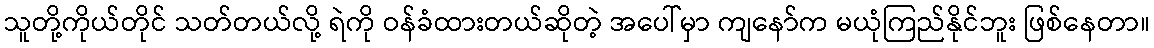
သူတို့ကိုယ်တိုင် သတ်တယ်လို့ ရဲကို ဝန်ခံထားတယ်ဆိုတဲ့ အပေါ်မှာ ကျနော်က မယုံကြည်နိုင်ဘူး ဖြစ်နေတာ။